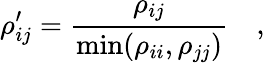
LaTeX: \rho_{ij}^{\prime}=\frac{\rho_{ij}}{\operatorname*{min}(\rho_{ii},\rho_{jj})}\quad,